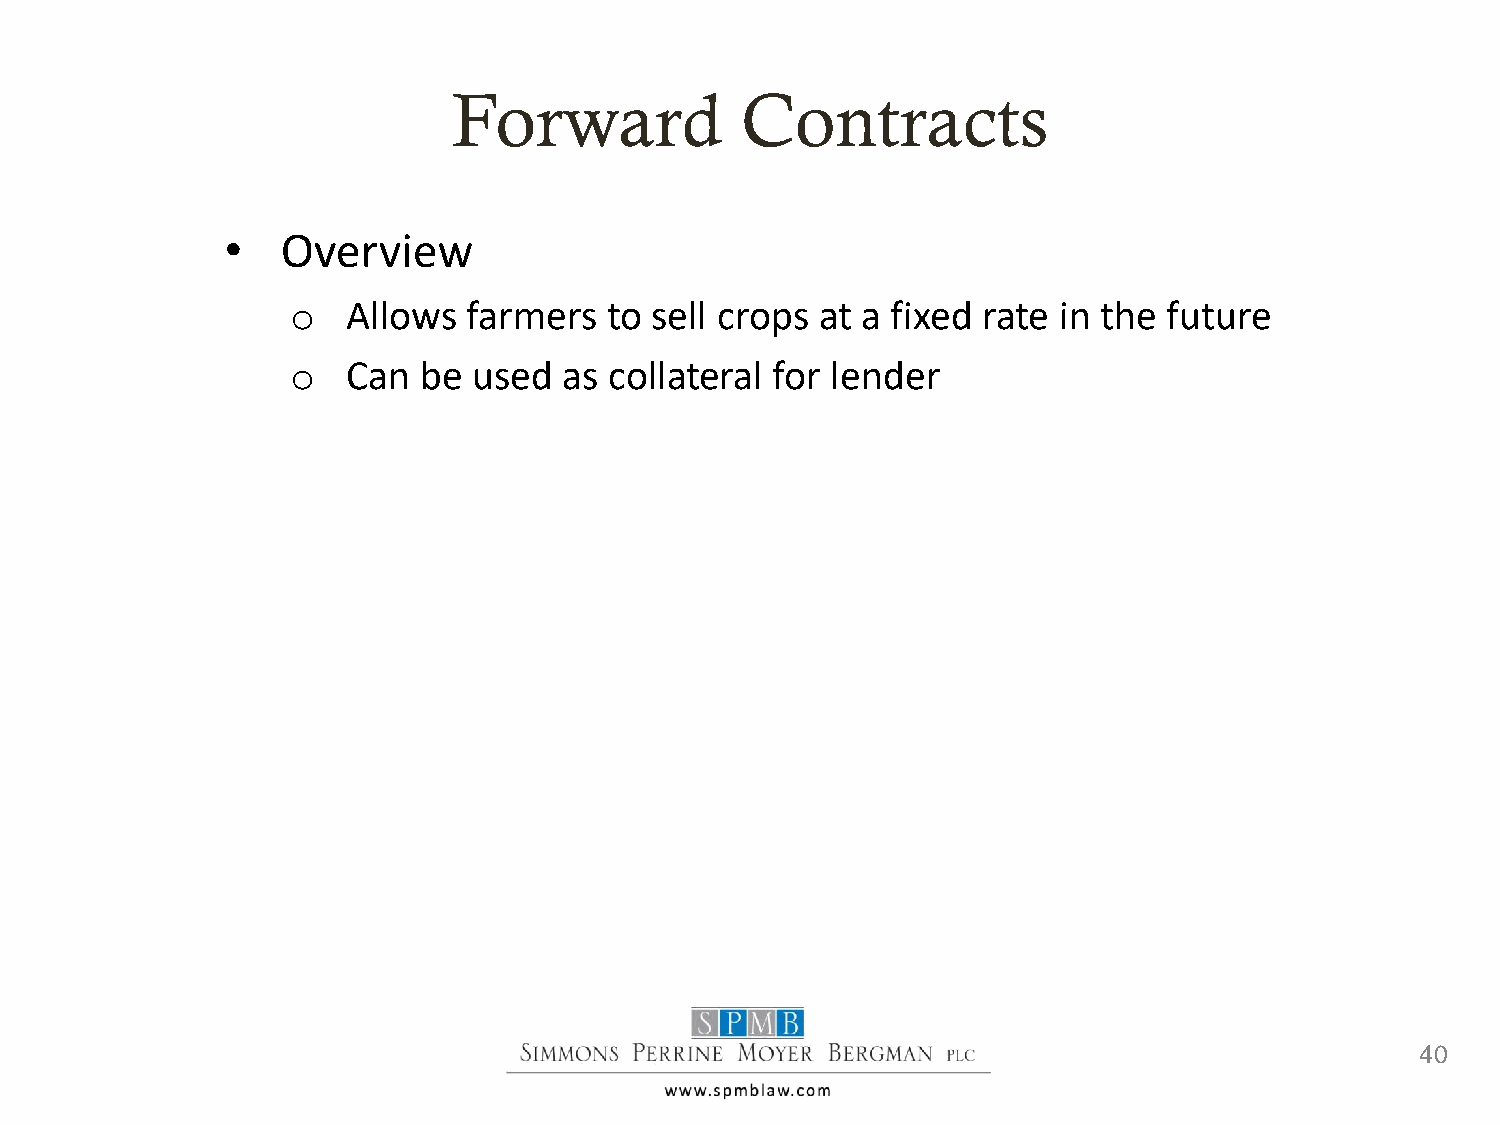
Forward            Contracts
 •   Overview
 o   Allows  farmers  to sell crops at a fixed rate in the future
 o   Can  be used  as collateral for lender
 40